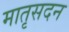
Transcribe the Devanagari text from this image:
मातृसदन